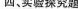
四实验探究题